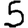
Digit: 5